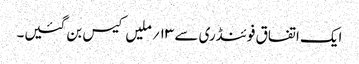
ایک اتفاق فوئنڈری سے ۱۳؍ ملیں کیس بن گئیں۔